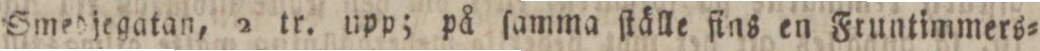
Smedjegatan, 2 tr. upp. på ſamma ſtälle fins en Fruntimmers=